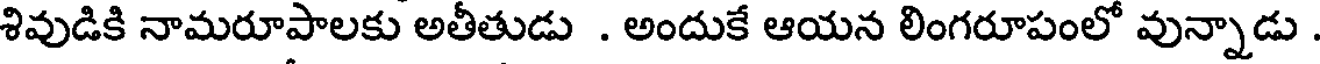
శివుడికి నామరూపాలకు అతీతుడు . అందుకే ఆయన లింగరూపంలో వున్నాడు .